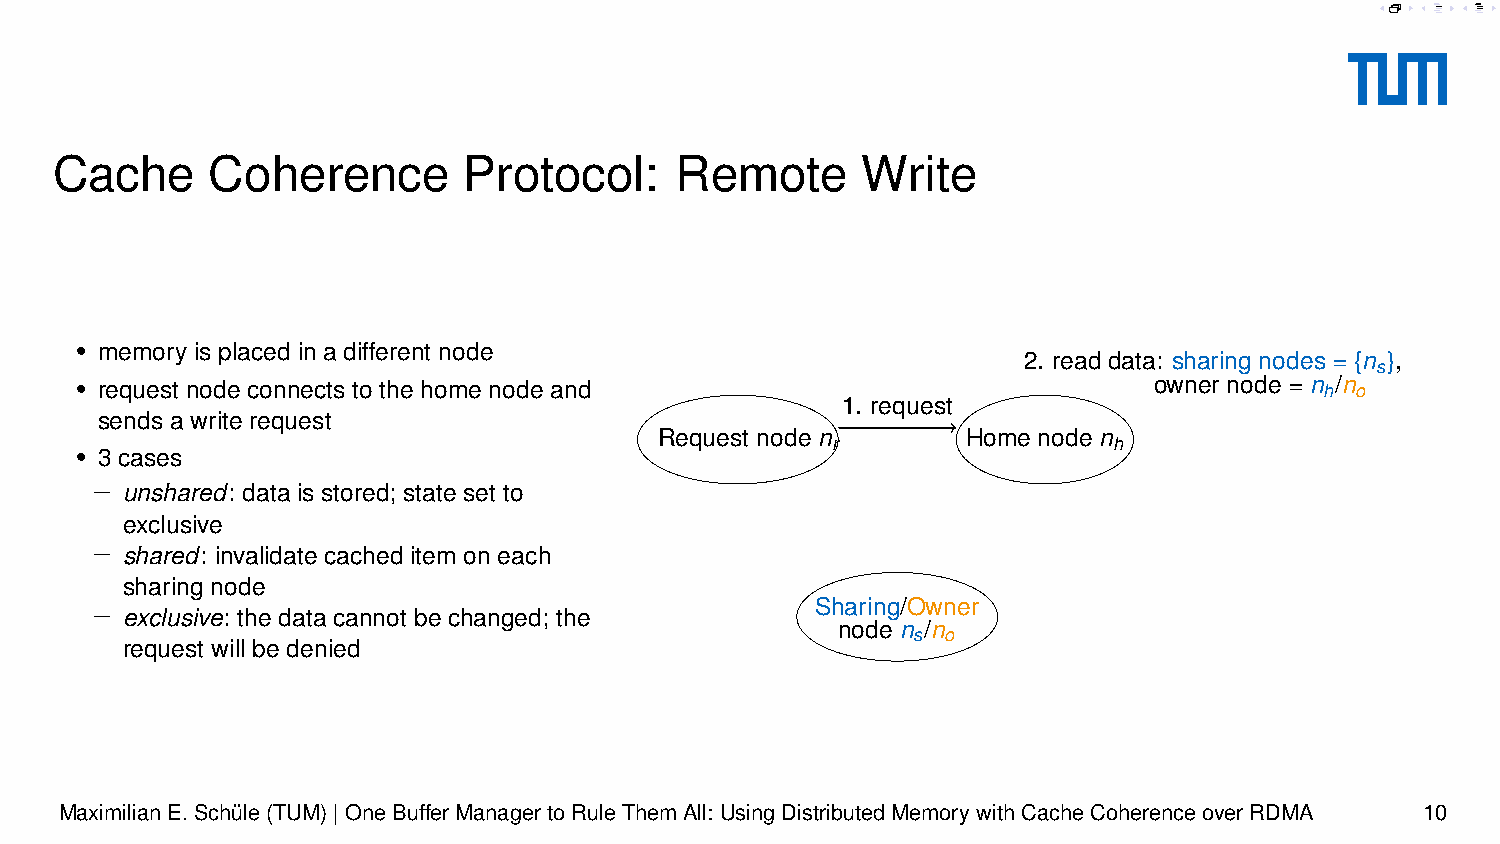
7. add data to cache
 5. write new data
 cache = exclusive
 Owner node = n
 6. reply                        r
 Sharing nodes ={ }
 3. invalidate 4. ack
 Cache      Coherence        Protocol:     Remote      Write
 • memory is placed in a different node
 2. read data: sharing nodes = {n },
 s
 • request node connects to the home node and                           owner node = n h/n o
 1. request
 sends a write request
 Request node n      Home node n
 r                  h
 • 3 cases
 − unshared: data is stored; state set to
 exclusive
 − shared: invalidate cached item on each
 sharing node
 − exclusive: the data cannot be changed; the    Sharing/Owner
 node n /n
 s  o
 request will be denied
 MaximilianE.Schüle(TUM)|OneBufferManagertoRuleThemAll: UsingDistributedMemorywithCacheCoherenceoverRDMA 10